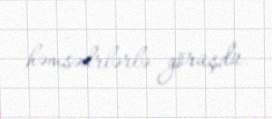
həmsədrlərlə görüşdü.